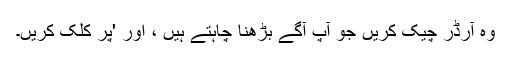
وہ آرڈر چیک کریں جو آپ آگے بڑھنا چاہتے ہیں ، اور 'پر کلک کریں۔